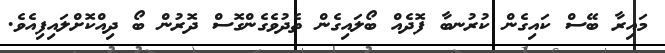
މައިރާ ބޭސް ކައިގެން ކުރުނބާ ފޮދެއް ބޯލައިގެން ތެދުވެގެންގޮސް ދޮރުން ބޯ ދިއްކޮށްލައިފިއެވެ.